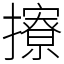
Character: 𢸘